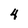
Character: 4